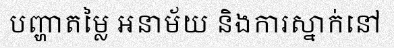
បញ្ហាតម្លៃ អនាម័យ និងការស្នាក់នៅ